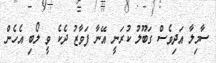
ސާމިލާ އަދިވެސް ގަބޫލު ކުރަނީ އޭނާ ފަވާޒު ދެކެ ވީ ލޯބި އެހެން